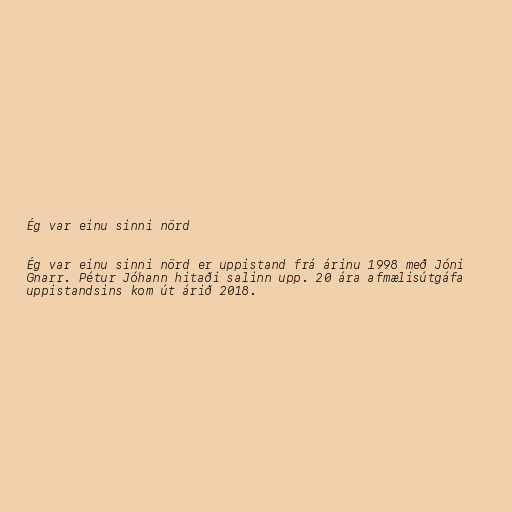
Ég var einu sinni nörd

Ég var einu sinni nörd er uppistand frá árinu 1998 með Jóni
Gnarr. Pétur Jóhann hitaði salinn upp. 20 ára afmælisútgáfa
uppistandsins kom út árið 2018.